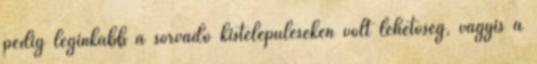
pedig leginkább a sorvadó kistelepüléseken volt lehetőség, vagyis a